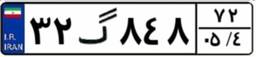
۳۲گ۸۴۸۷۲